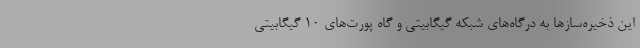
این ذخیره‌سازها به درگاه‌های شبکه گیگابیتی و گاه ‌پورت‌های 10 گیگابیتی